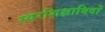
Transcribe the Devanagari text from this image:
स्वरशिक्षाविदों